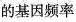
的基因频率